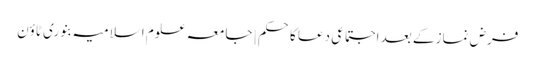
فرض نماز کے بعد اجتماعی دعا کاحکم | جامعہ علوم اسلامیہ بنوری ٹاؤن